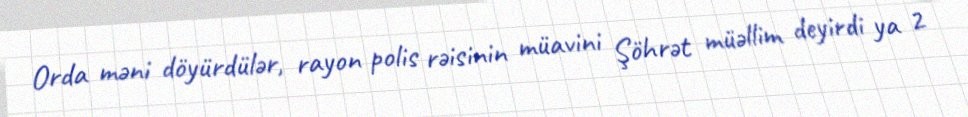
Orda məni döyürdülər, rayon polis rəisinin müavini Şöhrət müəllim deyirdi ya 2